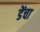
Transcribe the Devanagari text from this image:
डेंचा